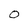
Character: 0